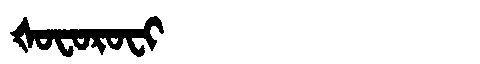
Manchu: ᡧᠣᠸᠣᡵᠣᠸᡳ
Romanization: ŠOFOROFI